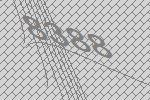
8388